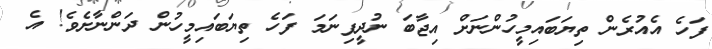
ފަހެ އެއުރެން ތިޔަބައިމީހުންނަށް އިޖާބަ ނުދީފިނަމަ ފަހެ ތިޔަބައިމީހުން ދަންނާށެވެ! އެ